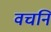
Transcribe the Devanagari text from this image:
वचनिं